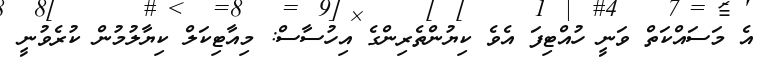
އެ މަސައްކަތް ވަނީ ހުއްޓިފަ އެވެ ކިޔުންތެރިންގެ އިހުސާސް: މިއާޓިކަލް ކިޔާލުމުން ކުރެވުނީ